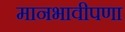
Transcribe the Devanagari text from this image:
मानभावीपणा